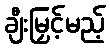
ချီးမြှင့်မည့်